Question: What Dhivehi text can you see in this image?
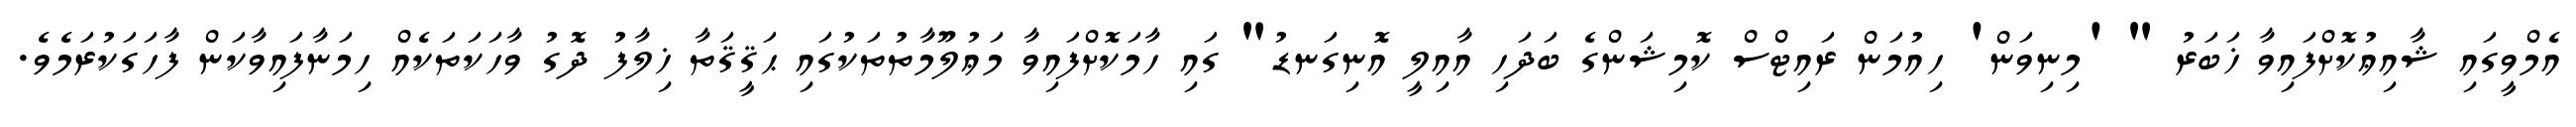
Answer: އެމްވީގައި ޝާއިޢުކޮށްފައިވާ ޚަބަރު " 'މިނިވަން' ހިއުމަން ރައިޓްސް ކޮމިޝަންގެ ބަދަހި އާއިލީ އޮނިގަނޑު" ގައި ހާމަކޮށްފައިވާ މަޢުލޫމާތުތަކުގައި ޙަޤީޤަތާ ޚިލާފު ދޮގު ވާހަކަތަކެއް ހިމަނާފައިވާކަން ފާހަގަކުރަމެވެ.